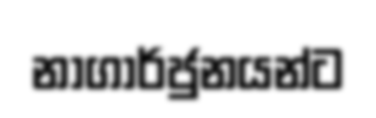
නාගාර්ජුනයන්ට